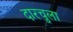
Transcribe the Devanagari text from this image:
दारचुला